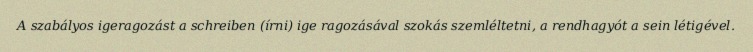
A szabályos igeragozást a schreiben (írni) ige ragozásával szokás szemléltetni, a rendhagyót a sein létigével.